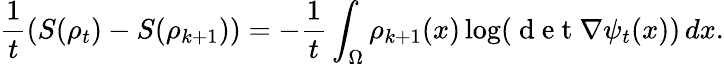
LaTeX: \frac{1}{t}\left(S(\rho_{t})-S(\rho_{k+1})\right)=-\frac{1}{t}\int_{\Omega}\rho_{k+1}(x)\log(\mathrm{~d~e~t~}\nabla\psi_{t}(x))\, dx.